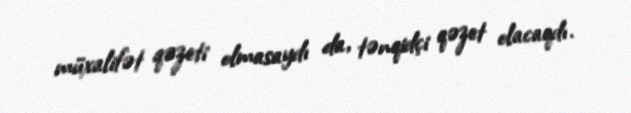
müxalifət qəzeti olmasaydı da, tənqidçi qəzet olacaqdı.